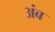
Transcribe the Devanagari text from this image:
अंब